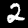
Digit: 2